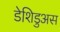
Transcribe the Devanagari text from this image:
डेशिडुअस